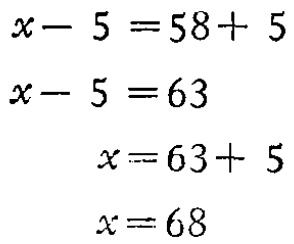
\[

\begin{align*}

x - 5&=58 + 5\\

x - 5&=63\\

x - 5&=63\\

x&=63 + 5\\

x&=68

\end{align*}

\]